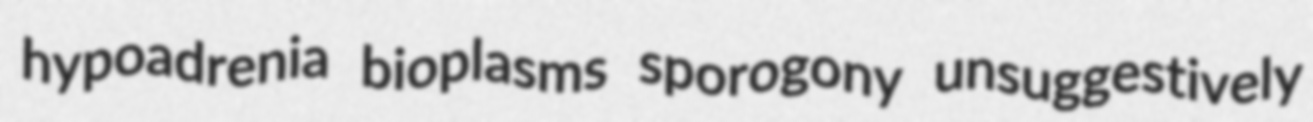
hypoadrenia bioplasms sporogony unsuggestively